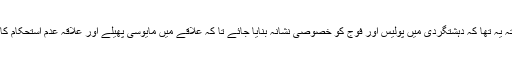
دوسرا نکتہ یہ تھا کہ دہشتگردی میں پولیس اور فوج کو خصوصی نشانہ بنایا جائے تا کہ علاقے میں مایوسی پھیلے اور علاقہ عدم استحکام کا شکار ہو۔